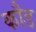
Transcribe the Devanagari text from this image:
कौड